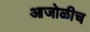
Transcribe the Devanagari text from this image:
आजोळीच